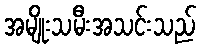
အမျိုးသမီးအသင်းသည်